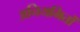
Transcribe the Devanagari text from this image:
अनियमितों